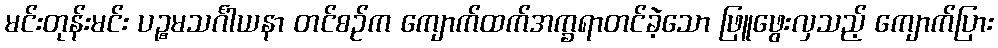
မင်းတုန်းမင်း ပဉ္စမသင်္ဂါယနာ တင်စဉ်က ကျောက်ထက်အက္ခရာတင်ခဲ့သော ဖြူဖွေးလှသည့် ကျောက်ပြား